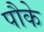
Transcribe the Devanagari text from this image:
पौके